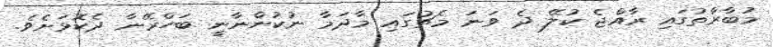
މުބާރާތުގައި ރާއްޖެ ކުލޭ ދެ ވަނަ މެޗުގައި މާދަމާ ނުކުންނާނީ ބަހްރޭނާ ދެކޮޅަށެވެ.